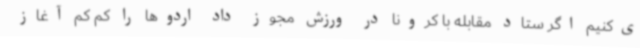
ی‌کنیم اگر ستاد مقابله با کرونا در ورزش مجوز داد اردوها را کم کم آغاز